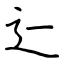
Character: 辷